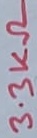
Text: 3.3KΩ